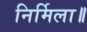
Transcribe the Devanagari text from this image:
निर्मिला॥